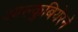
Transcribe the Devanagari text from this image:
आल्कुबियेरने